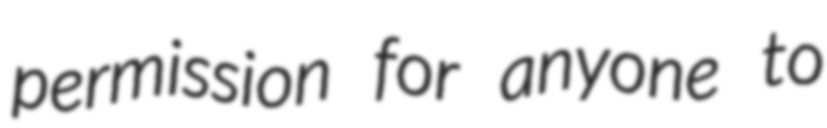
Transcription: permission for anyone to